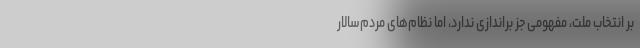
بر انتخاب ملت، مفهومی جز براندازی ندارد، اما نظام‌های مردم‌سالار